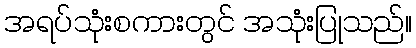
အရပ်သုံးစကားတွင် အသုံးပြုသည်။